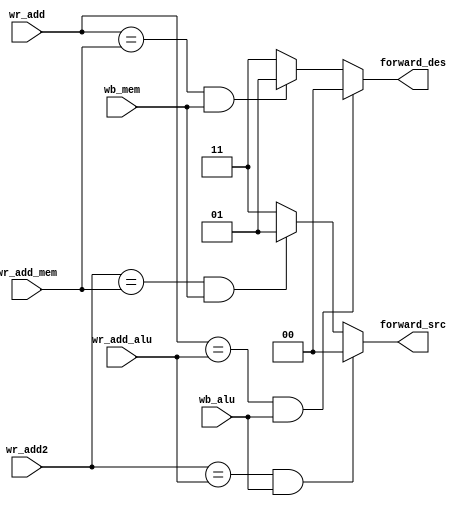
//FU
/*

inputs: wr_add: of the current instruction
        wr_add_alu: write address from alu pipe
        wb_alu: write back from alu pipe
        wr_add_mem: write address from mem pipe
        wb_mem: write back from mem pipe

output: forward_src: signal to forward the src
        forward_des: signal to forward the dest
     
*/
module FU (wr_add, wr_add2, wr_add_alu, wb_alu, wr_add_mem, wb_mem, forward_src, forward_des);

input [2:0] wr_add, wr_add2, wr_add_alu, wr_add_mem;
input wb_alu, wb_mem;
output reg [1:0] forward_src, forward_des;

always @* begin
  if(wr_add == wr_add_alu && wb_alu) begin
    forward_des = 2'b00;
  end else if(wr_add == wr_add_mem && wb_mem) begin
    forward_des = 2'b01;
  end else begin
    forward_des = 2'b11;
  end

  if(wr_add2 == wr_add_alu && wb_alu) begin
    forward_src = 2'b00;
  end else if(wr_add2 == wr_add_mem && wb_mem) begin
    forward_src = 2'b01;
  end else begin
    forward_src = 2'b11;
  end
end

endmodule